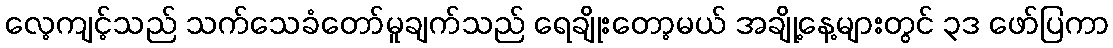
လေ့ကျင့်သည် သက်သေခံတော်မူချက်သည် ရေချိုးတော့မယ် အချို့နေ့များတွင် ၃ဒ ဖော်ပြကာ